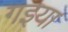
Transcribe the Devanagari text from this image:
गइया